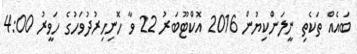
ބައެއް ތަކެތި ނީލަންކިޔުން 2016 އޮކްޓޫބަރު 22 ވާ ހޮނިހިރުދުވަހުގެ ހަވީރު 4:00